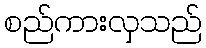
စည်ကားလှသည်